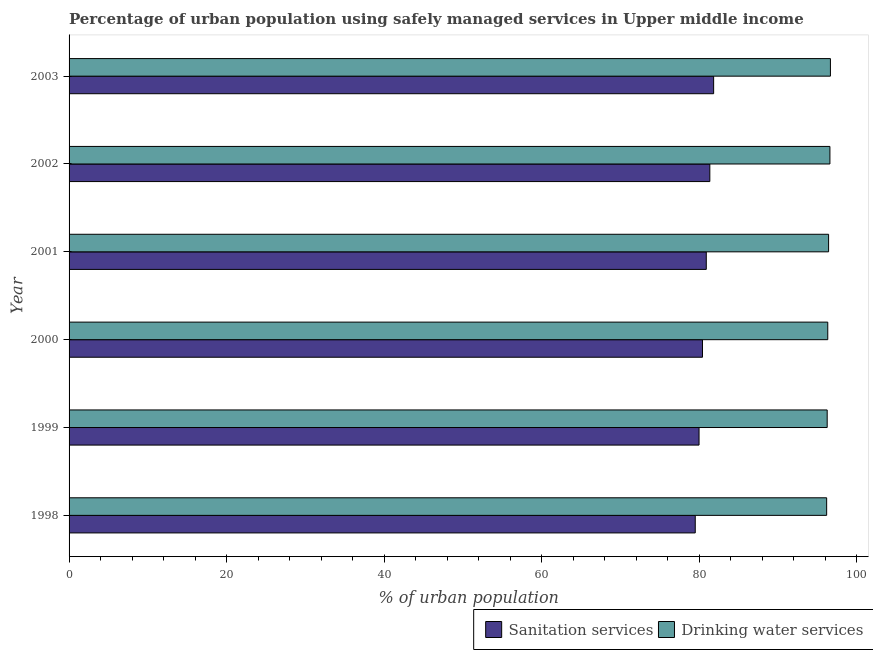
| Year | Sanitation services | Drinking water services |
 | --- | --- | --- |
 | 1998 | 79.5 | 96.2 |
 | 1999 | 80 | 96.2 |
 | 2000 | 80.4 | 96.3 |
 | 2001 | 80.9 | 96.4 |
 | 2002 | 81.3 | 96.6 |
 | 2003 | 81.8 | 96.7 |